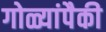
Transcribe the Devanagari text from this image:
गोळ्यांपैकी